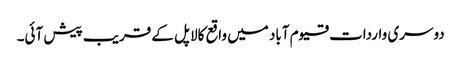
دوسری واردات قیوم آباد میں واقع کالا پل کے قریب پیش آئی۔